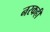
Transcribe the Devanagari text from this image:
नरकही